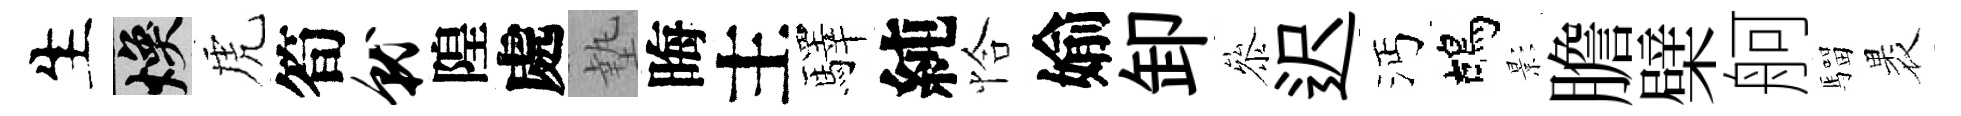
生焕虎筍就隍處墊晦主驛純恰媮卸叅迟沔鴣影膽檗舸騮褁